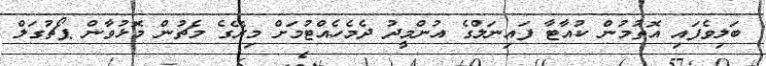
ބަލިވެފައި އޮތުމުން ކުއާޓާ ފައިނަލްގެ އުންމީދު ދެމެހެއްޓުމަށް މިރޭގެ މެޗުން މޮޅުވާން ޕޯޗުގަލް